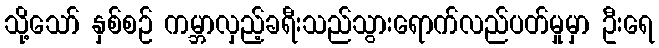
သို့သော် နှစ်စဉ် ကမ္ဘာလှည့်ခရီးသည်သွားရောက်လည်ပတ်မှုမှာ ဦးရေ